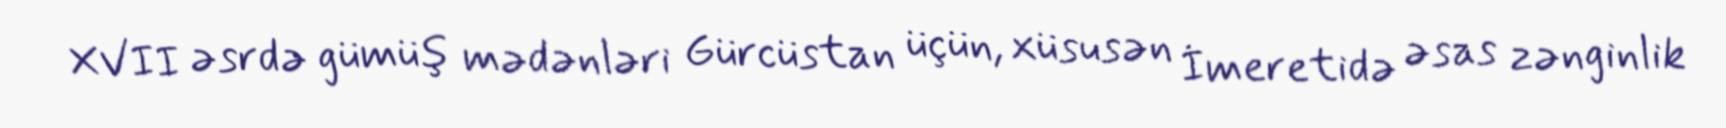
XVII əsrdə gümüş mədənləri Gürcüstan üçün, xüsusən İmeretidə əsas zənginlik